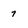
Character: 7